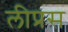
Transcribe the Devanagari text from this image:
लीप्रस